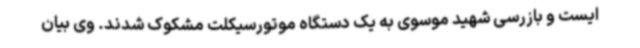
ایست و بازرسی شهید موسوی به یک دستگاه موتورسیکلت مشکوک شدند. وی بیان